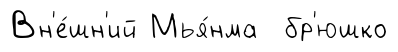
Вн'е́шн'ий Мья́нма бр'юшко